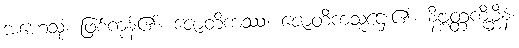
အဟေသုံ၊ ဖြစ်ကုန်၏။ ဇောတိကဿ၊ ဇောတိကသူဌေး၏။ နိဗ္ဗတ္တကိုမ္ဘီနံ၊